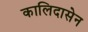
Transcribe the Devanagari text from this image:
कालिदासेन